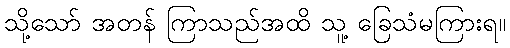
သို့သော် အတန် ကြာသည်အထိ သူ့ ခြေသံမကြားရ။